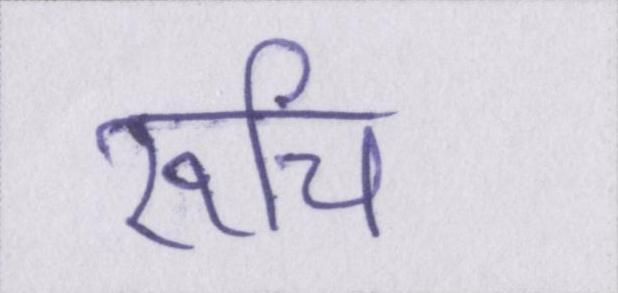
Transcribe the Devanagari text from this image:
रूचि